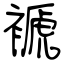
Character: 褫